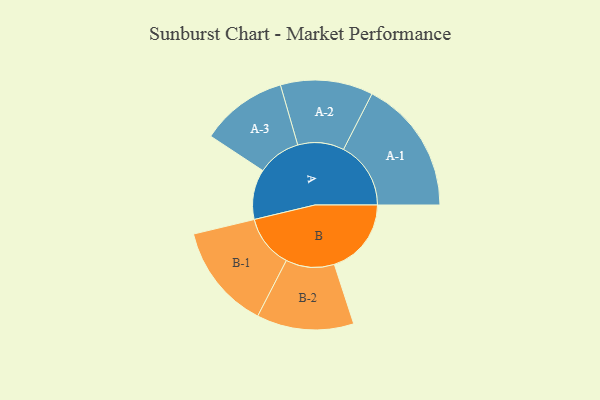
{"axis": {"x": "Segment", "y": "Value"}, "legend": ["", "A", "B"], "data": [{"x": "A", "y": 155, "type": ""}, {"x": "B", "y": 238, "type": ""}, {"x": "A-1", "y": 208, "type": "A"}, {"x": "A-2", "y": 143, "type": "A"}, {"x": "A-3", "y": 134, "type": "A"}, {"x": "B-1", "y": 163, "type": "B"}, {"x": "B-2", "y": 150, "type": "B"}]}